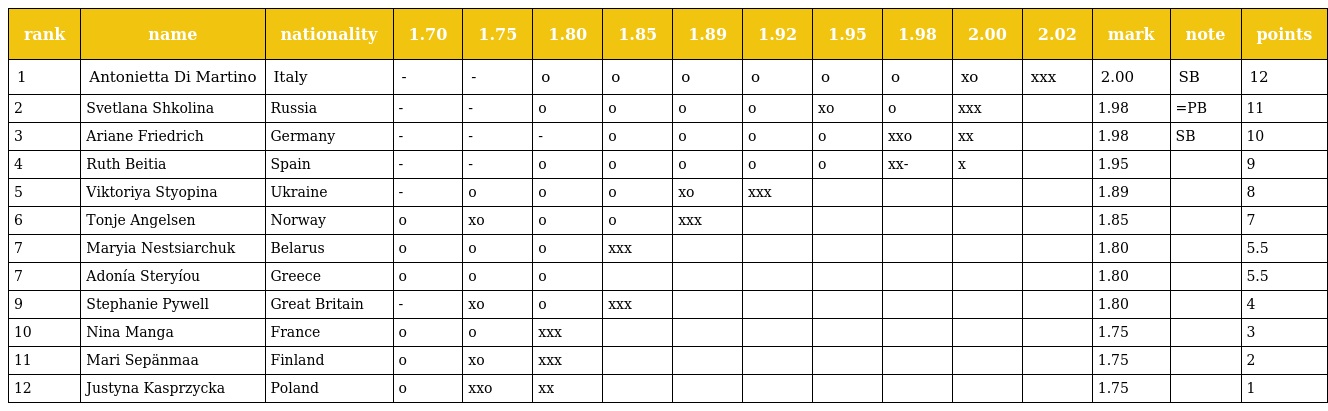
| rank | name | nationality | 1.70 | 1.75 | 1.80 | 1.85 | 1.89 | 1.92 | 1.95 | 1.98 | 2.00 | 2.02 | mark | note | points |
 | --- | --- | --- | --- | --- | --- | --- | --- | --- | --- | --- | --- | --- | --- | --- | --- |
 | 1 | Antonietta Di Martino | Italy | - | - | o | o | o | o | o | o | xo | xxx | 2.00 | SB | 12 |
 | 2 | Svetlana Shkolina | Russia | - | - | o | o | o | o | xo | o | xxx |  | 1.98 | =PB | 11 |
 | 3 | Ariane Friedrich | Germany | - | - | - | o | o | o | o | xxo | xx |  | 1.98 | SB | 10 |
 | 4 | Ruth Beitia | Spain | - | - | o | o | o | o | o | xx- | x |  | 1.95 |  | 9 |
 | 5 | Viktoriya Styopina | Ukraine | - | o | o | o | xo | xxx |  |  |  |  | 1.89 |  | 8 |
 | 6 | Tonje Angelsen | Norway | o | xo | o | o | xxx |  |  |  |  |  | 1.85 |  | 7 |
 | 7 | Maryia Nestsiarchuk | Belarus | o | o | o | xxx |  |  |  |  |  |  | 1.80 |  | 5.5 |
 | 7 | Adonía Steryíou | Greece | o | o | o |  |  |  |  |  |  |  | 1.80 |  | 5.5 |
 | 9 | Stephanie Pywell | Great Britain | - | xo | o | xxx |  |  |  |  |  |  | 1.80 |  | 4 |
 | 10 | Nina Manga | France | o | o | xxx |  |  |  |  |  |  |  | 1.75 |  | 3 |
 | 11 | Mari Sepänmaa | Finland | o | xo | xxx |  |  |  |  |  |  |  | 1.75 |  | 2 |
 | 12 | Justyna Kasprzycka | Poland | o | xxo | xx |  |  |  |  |  |  |  | 1.75 |  | 1 |